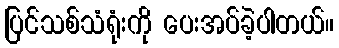
ပြင်သစ်သံရုံးကို ပေးအပ်ခဲ့ပါတယ်။